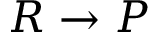
R \rightarrow P